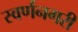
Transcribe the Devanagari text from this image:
स्‍वर्णनगरी